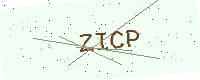
Text: ZICP